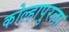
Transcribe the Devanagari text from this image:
कोल्हापुरला